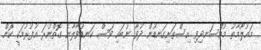
މައުލޫމާތު މުއްސަނދިވި އިސްތަށިގަނޑުން ދުވާ ނުބައި ވަސް ކަނޑުވާލާނެ ގޮތްނުރަ އުފުރުމަކީ ކޮން